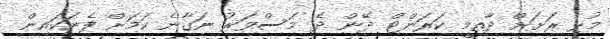
މުޅި ރަށަށް ދާއިމީ ކަރަންޓް ދޭން ދެ މަސްވަރު ނަގާނެ ކަމަށް ފެނަކައިން